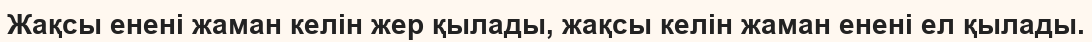
Жақсы енені жаман келін жер қылады, жақсы келін жаман енені ел қылады.